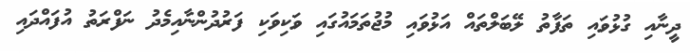
ދީނާއި ގުޅުވައި ތަފާތު ލޭބަލްތައް އަޅުވައި މުޖުތަމައުގައި ވަކިވަކި ފަރުދުންނާއިމެދު ނަފްރަތު އުފައްދައި